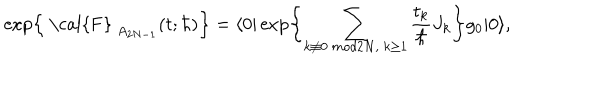
\exp \left\{ \mathrm { ~ \cal { F } ~ } _ { A _ { 2 N - 1 } } ( t ; \hbar ) \right\} = \langle 0 | \exp \left\{ \sum _ { k \not \equiv 0 ~ m o d 2 N , ~ k \geq 1 } \frac { t _ { k } } { \hbar } J _ { k } \right\} g _ { 0 } | 0 \rangle ,